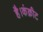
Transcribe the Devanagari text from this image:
है।कंक्रीट